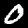
Label: 0